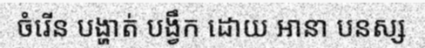
ចំរើន បង្ហាត់ បង្វឹក ដោយ អានា បនស្ស